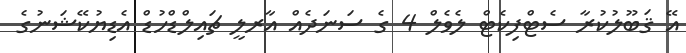
އޭ ޤަބޫލުކުރާ ސެޓްފިކެޓް ލެވެލް 4 ގެ ސަނަދެއް އާރލީ ޗައިލްޑްހުޑް އެޑިޔުކޭޝަނުގެ